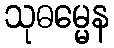
သုဓမ္မေန